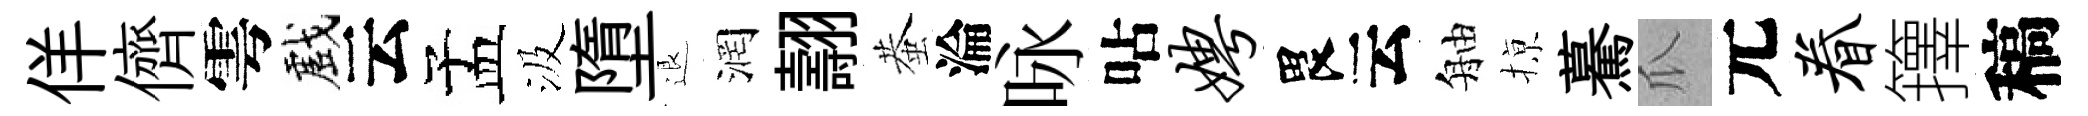
佯儕雩戲云孟汲墮退润翿蛬淪咏呫娉畏云舳𢱊驀瓜元眷籜稿